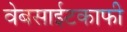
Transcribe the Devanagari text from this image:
वेबसाईटकाफी